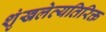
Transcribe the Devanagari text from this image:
शृंखलेव्यतिरिक्त